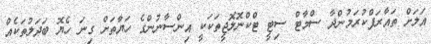
އަލަށް ތައާރަފްކުރަމުންދާ ސްމާޓް ސިޓީ ޓްކްނޮލޮޖީތަކަކީ އިންސާނުންގެ ހަޔާތަށް ގިނަ ހެޔޮ ބަދަލުތަކެއް